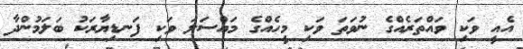
އެއީ ވަކި ވައްތަރެއްގެ ނުވަތަ ވަކި މީހެއްގެ މައްސަލަ ވަކި ފަނޑިޔާރަކު ބަލަމުންދާ